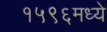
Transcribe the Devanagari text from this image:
१५९६मध्ये